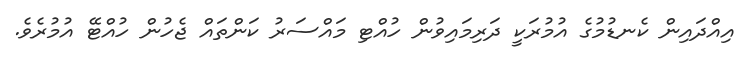
އިއްދައިން ކެނޑުމުގެ އުމުރަކީ ދަރިމައިވުން ހުއްޓި މައްސަރު ކަންތައް ޖެހުން ހުއްޓޭ އުމުރެވެ.